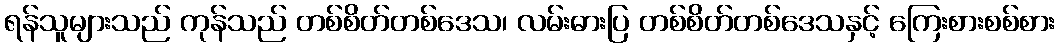
ရန်သူများသည် ကုန်သည် တစ်စိတ်တစ်ဒေသ၊ လမ်းဓားပြ တစ်စိတ်တစ်ဒေသနှင့် ကြေးစားစစ်စား